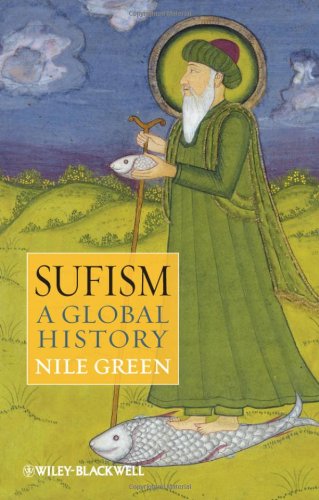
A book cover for Sufism: A Global History; Nile Green; Religion & Spirituality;